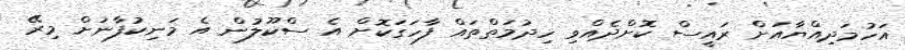
އަހުމަދިއްޔާއަށް ރައީސް ކޮށްދެއްވި ހިދުމަތްތައް ފާހަގަކޮށް އެ ސްކޫލުން އެ މަނިކުފާނަށް މިރޭ